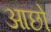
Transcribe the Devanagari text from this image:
आछो